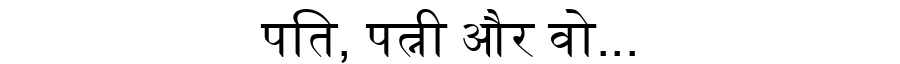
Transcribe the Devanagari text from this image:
पति, पत्नी और वो...